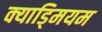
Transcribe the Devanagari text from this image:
क्याड्मियम